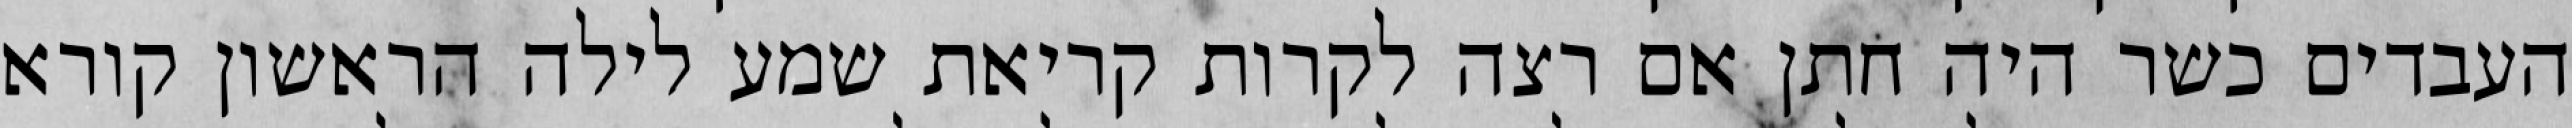
העבדים כשר היה חתן אם רצה לקרות קריאת שמע לילה הראשון קורא